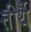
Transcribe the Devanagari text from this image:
तीर्थै